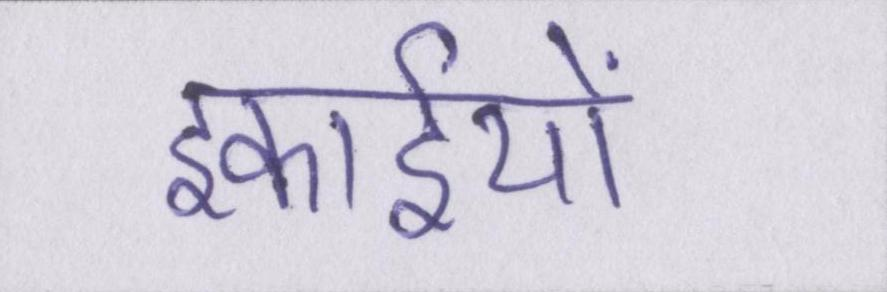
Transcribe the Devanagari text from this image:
इकाईयों